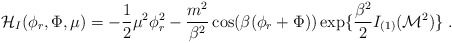
\begin{align*}{\cal H}_I(\phi_r,\Phi,\mu)=-{\frac {1}{2}}\mu^2\phi_r^2-{\frac{m^2}{\beta^2}}\cos(\beta(\phi_r+\Phi))\exp\{{\frac {\beta^2}{2}}I_{(1)}({\cal M}^2)\} \;.\end{align*}